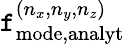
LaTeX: \mathtt{f}_{\mathrm{{mode,analyt}}}^{(n_{x},n_{y},n_{z})}